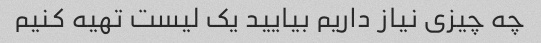
چه چیزی نیاز داریم بیایید یک لیست تهیه کنیم